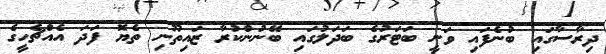
ދިރާސާގައި ބުނެފައި ވަނީ ބަޓަރުގެ ބަދަލުގައި ބޭނުންކުރާ ޒައިތޫނި ތެޔޮ ފަދަ އެއްޗެހީގެ